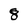
Character: 8